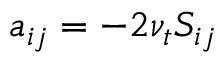
a _ { i j } = - 2 \nu _ { t } S _ { i j }